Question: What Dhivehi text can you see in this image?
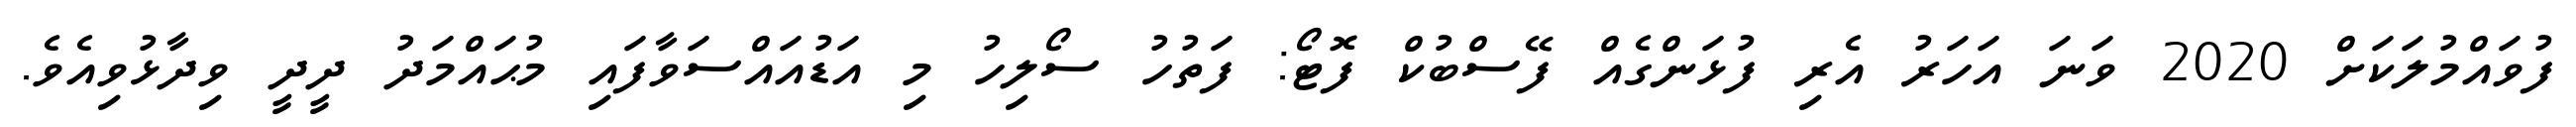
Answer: ފުވައްމުލަކަށް 2020 ވަނަ އަހަރު އެރި ފުޅަންގެއް ފޭސްބުކް ފޮޓޯ: ފަތުހު ސޯލިހު މި އަޑުއައްސަވާފައި މުޙައްމަދު ދީދީ ވިދާޅުވިއެވެ.